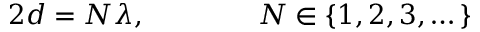
2 d = N \lambda , \qquad \qquad N \in \{ 1 , 2 , 3 , \dots \}